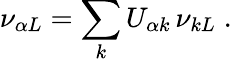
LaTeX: \nu_{{\alpha}L}=\sum_{k}U_{{\alpha}k}\, \nu_{kL}\; .